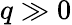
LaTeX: q\gg 0